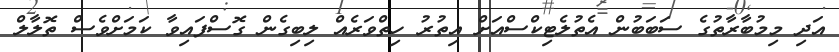
އަދި މިމުބާރާތުގެ ސަބަބުން އެތުލެޓިކްސްއަށް އިތުރު ހިތްވަރެއް ލިބިގެން ގޮސްފައިވާ ކަމަށްވެސް ތޮލާލް